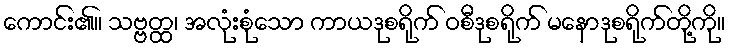
ကောင်း၏။ သဗ္ဗတ္ထ၊ အလုံးစုံသော ကာယဒုစရိုက် ဝစီဒုစရိုက် မနောဒုစရိုက်တို့ကို။